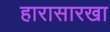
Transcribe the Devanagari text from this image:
हारासारखा